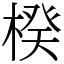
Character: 楑